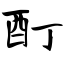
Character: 酊